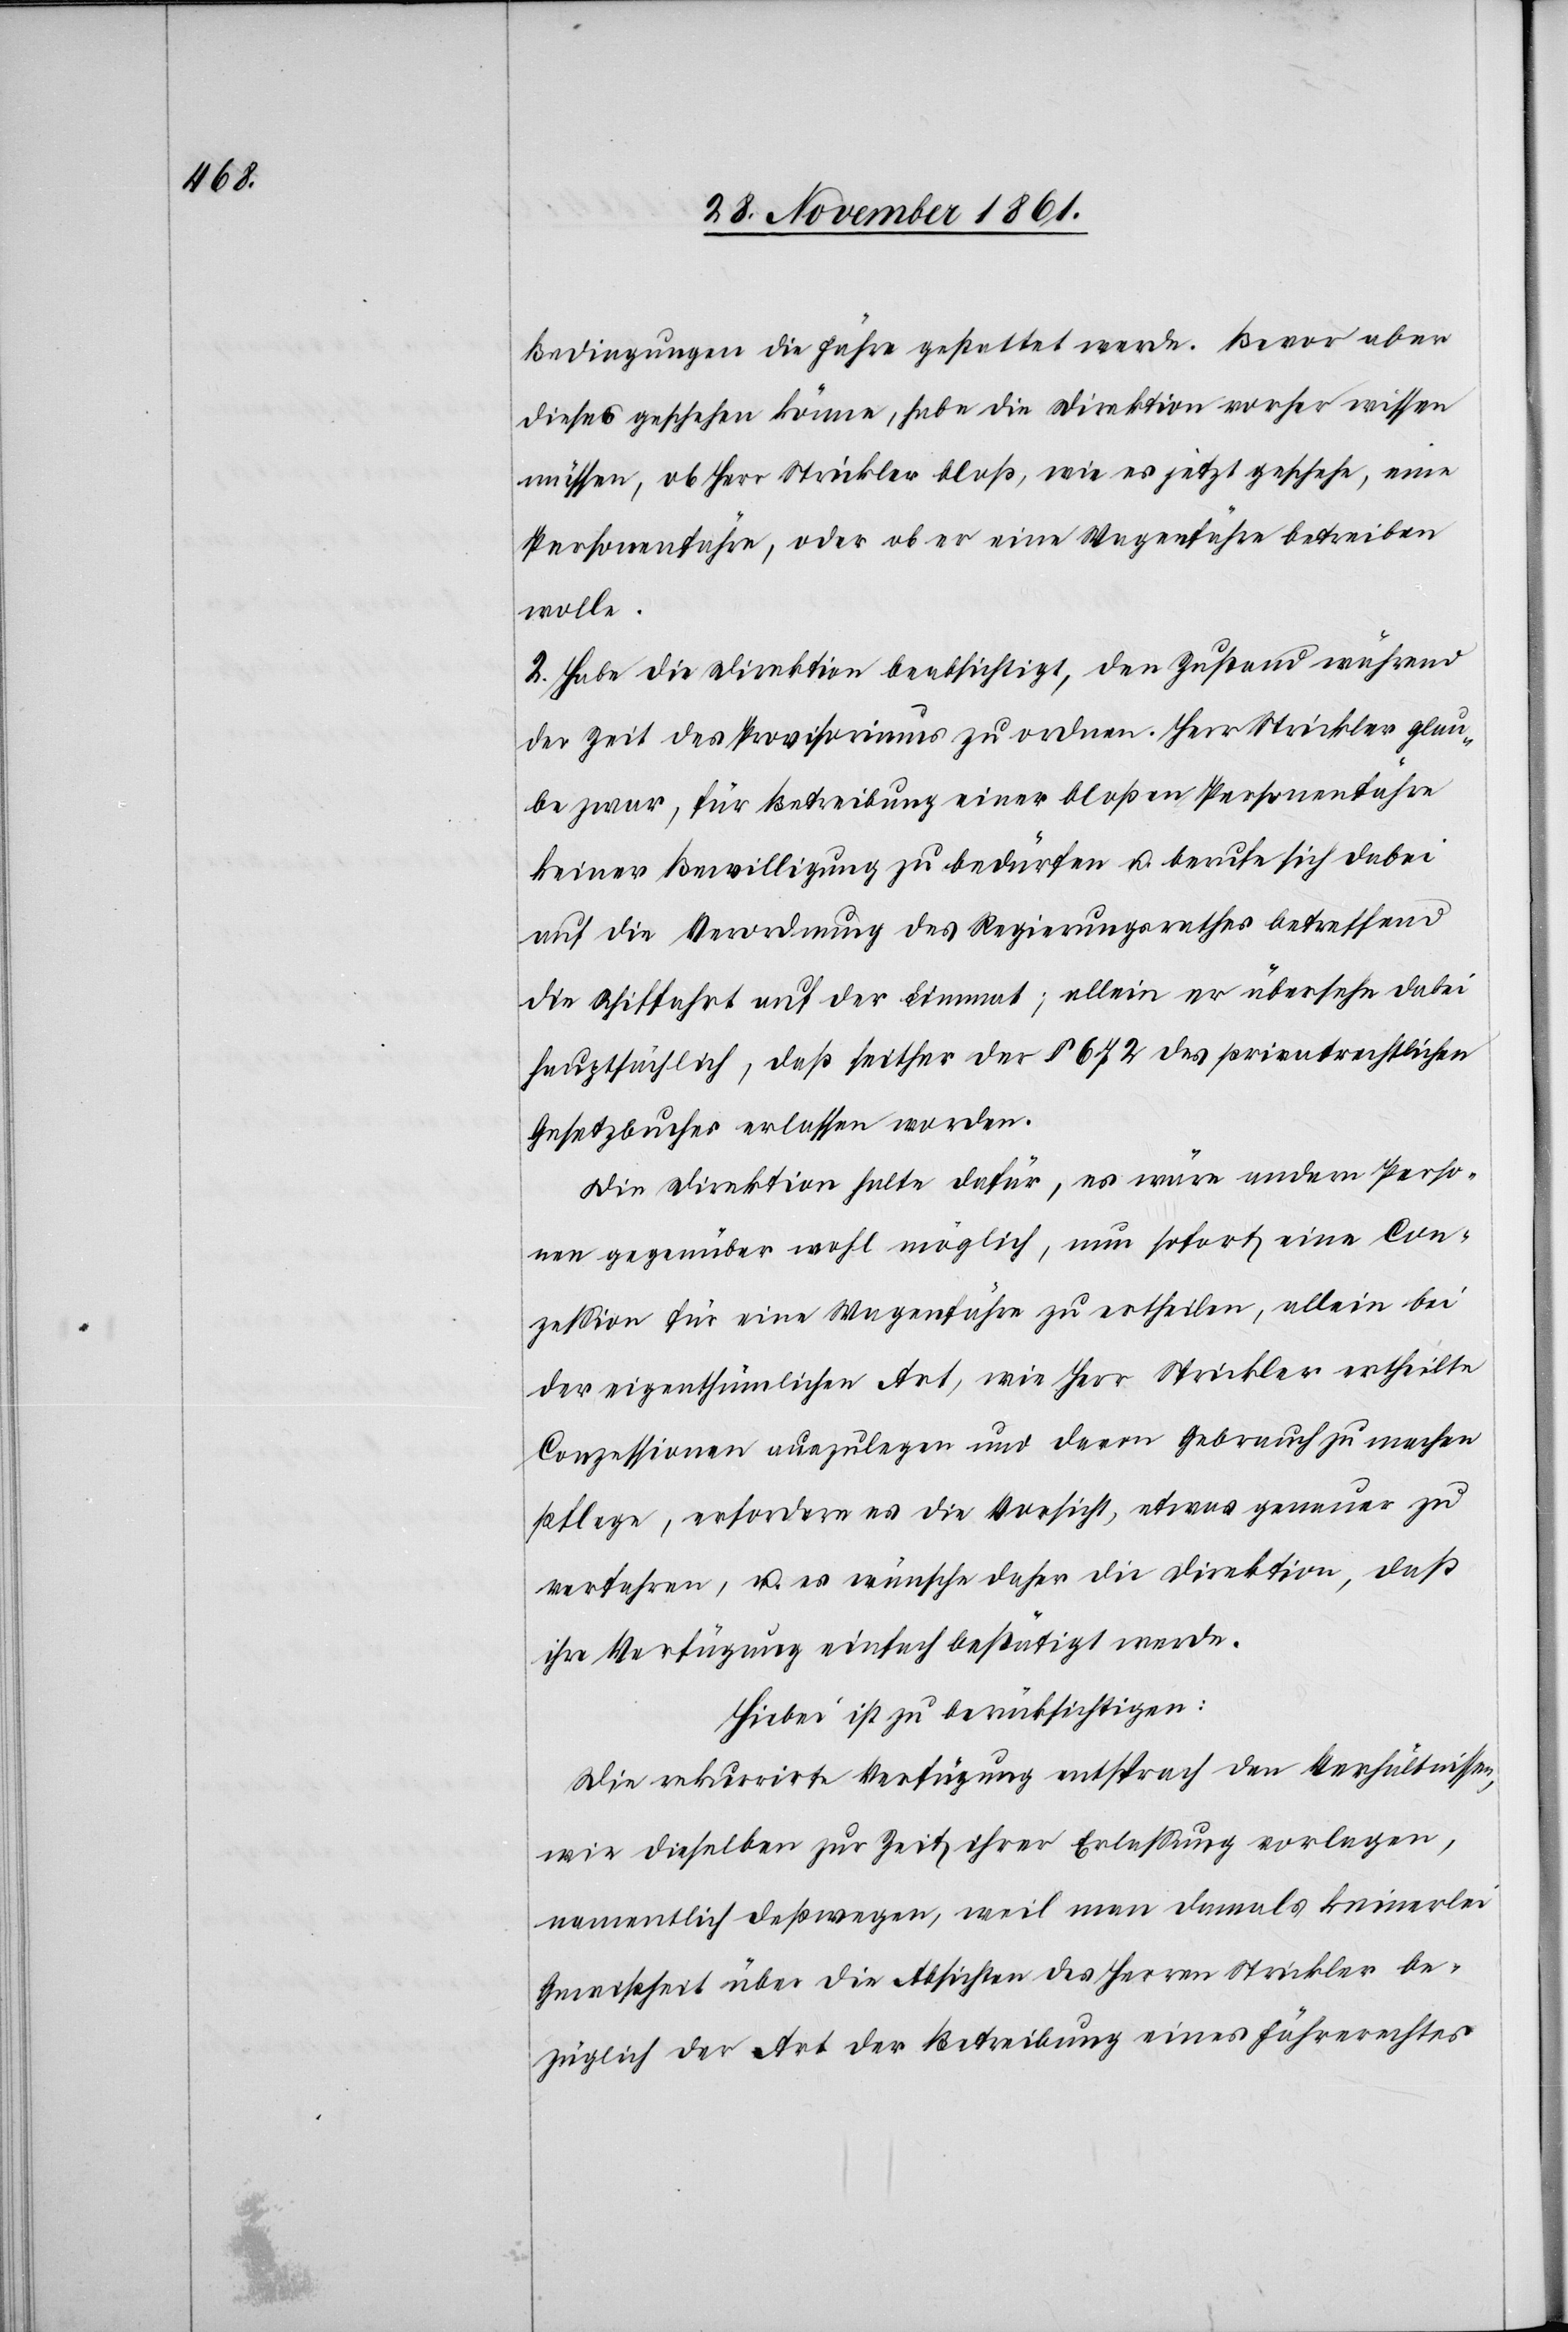
Bedingungen die Fähre gestattet werde. Bevor aber
dieses geschehen könne, habe die Direktion vorher wissen
müssen, ob Herr Strickler bloß, wie es jetzt geschehe, eine
Personenfähre, oder ob er eine Wagenfähre betreiben
wolle.
2. Habe die Direktion beabsichtigt, den Zustand während
der Zeit des Provisoriums zu ordnen. Herr Strickler glau¬
be zwar, für Betreibung einer bloßen Personenfähre
keiner Bewilligung zu bedürfen u. berufe sich dabei
auf die Verordnung des Regierungsrathes betreffend
die Schiffahrt auf der Limmat; allein er übersehe dabei
hauptsächlich, daß seither der § 672 des privatrechtlichen
Gesetzbuches erlassen worden.
Die Direktion halte dafür, es wäre andern Perso¬
nen gegenüber wohl möglich, nun sofort eine Con¬
zeßion für eine Wagenfähre zu ertheilen, allein bei
der eigenthümlichen Art, wie Herr Strickler ertheilte
Conzessionen auszulegen und davon Gebrauch zu machen
pflege, erfordere es die Vorsicht, etwas genauer zu
verfahren, u. es wünsche daher die Direktion, daß
ihre Verfügung einfach bestätigt werde.
Hiebei ist zu berücksichtigen:
Die rekurrirte Verfügung entsprach den Verhältnissen,
wie dieselben zur Zeit ihrer Erlassung vorlagen,
namentlich deßwegen, weil man damals keinerlei
Gewißheit über die Absichten des Herrn Strickler be¬
züglich der Art der Betreibung eines Fährerechtes